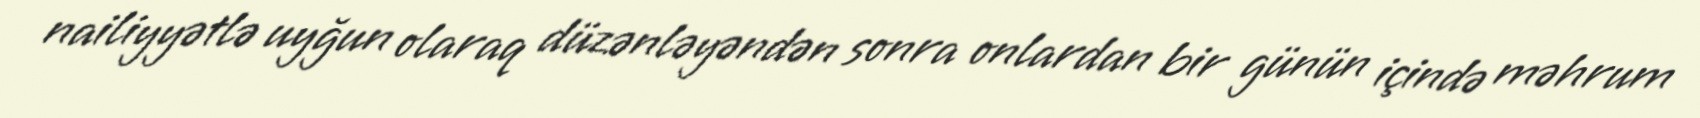
nailiyyətlə uyğun olaraq düzənləyəndən sonra onlardan bir günün içində məhrum